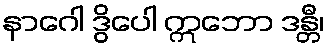
နာဂေါ ဒွိပေါ ဣဘော ဒန္တီ၊